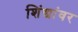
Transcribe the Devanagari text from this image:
शिंद्यांवर